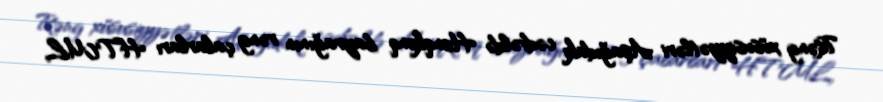
Rəng xüsusiyyətləri Aşağıdakı cədvəldə Honqkonq bayrağının rəng çalarları HTML,